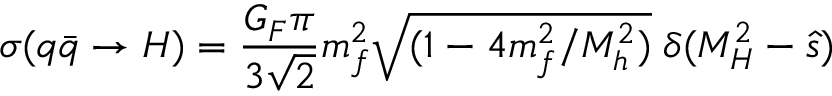
\sigma ( q \bar { q } \to H ) = \frac { G _ { F } \pi } { 3 \sqrt { 2 } } m _ { f } ^ { 2 } \sqrt { ( 1 - 4 m _ { f } ^ { 2 } / M _ { h } ^ { 2 } ) } \; \delta ( M _ { H } ^ { 2 } - \hat { s } )